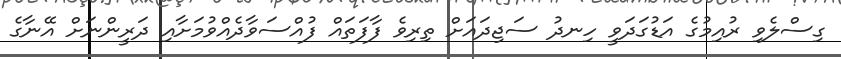
ގިސްލެވި ރުއިމުގެ އަޑުގަދަވީ ހިނދު ސަޖިދައަށް ތިރިވެ ފާފަތައް ފުއްސަވާދެއްވުމަށާއި ދަރީންނަށް އޭނާގެ